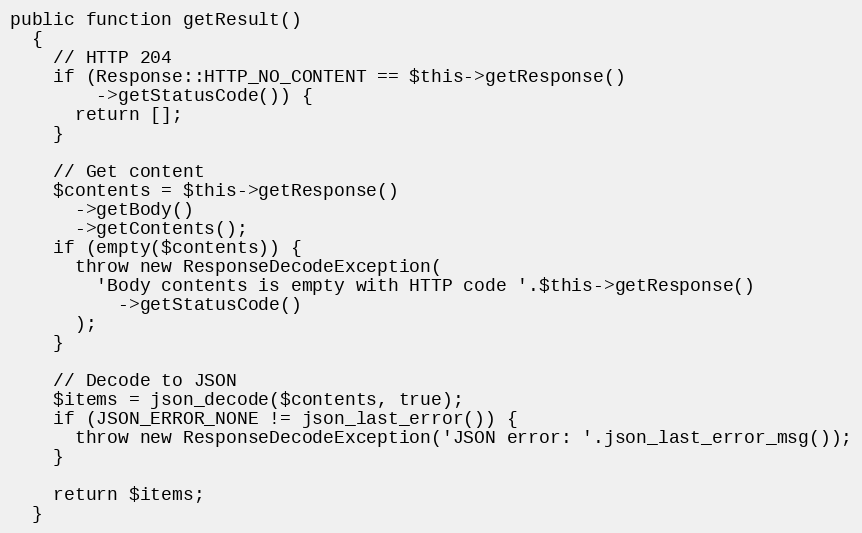
Language: PHP
public function getResult()
  {
    // HTTP 204
    if (Response::HTTP_NO_CONTENT == $this->getResponse()
        ->getStatusCode()) {
      return [];
    }

    // Get content
    $contents = $this->getResponse()
      ->getBody()
      ->getContents();
    if (empty($contents)) {
      throw new ResponseDecodeException(
        'Body contents is empty with HTTP code '.$this->getResponse()
          ->getStatusCode()
      );
    }

    // Decode to JSON
    $items = json_decode($contents, true);
    if (JSON_ERROR_NONE != json_last_error()) {
      throw new ResponseDecodeException('JSON error: '.json_last_error_msg());
    }

    return $items;
  }